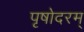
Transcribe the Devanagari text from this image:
पृषोदरम्